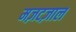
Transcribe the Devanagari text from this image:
मज़टज़ाल